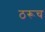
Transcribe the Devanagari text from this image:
ठरूच